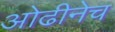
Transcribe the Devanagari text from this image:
ओढीनेच